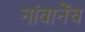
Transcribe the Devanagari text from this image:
नांवानेंच